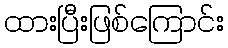
ထားပြီးဖြစ်ကြောင်း